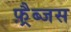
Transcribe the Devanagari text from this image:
फ़्रैब्जस